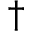
\dagger